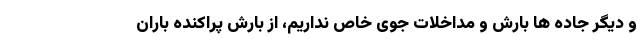
و دیگر جاده ها بارش و مداخلات جوی خاص نداریم، از بارش پراکنده باران